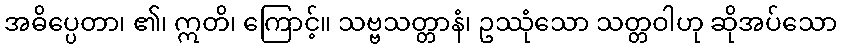
အဓိပ္ပေတာ၊ ၏၊ ဣတိ၊ ကြောင့်။ သဗ္ဗသတ္တာနံ၊ ဥဿုံသော သတ္တဝါဟု ဆိုအပ်သော